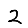
Digit: 2